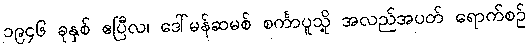
၁၉၄၆ ခုနှစ် ဧပြီလ၊ ဒေါ်မန်ဆမစ် စင်္ကာပူသို့ အလည်အပတ် ရောက်စဉ်